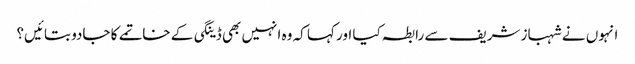
انہوں نے شہباز شریف سے رابطہ کیا اور کہا کہ وہ انہیں بھی ڈینگی کے خاتمے کا جادو بتائیں؟